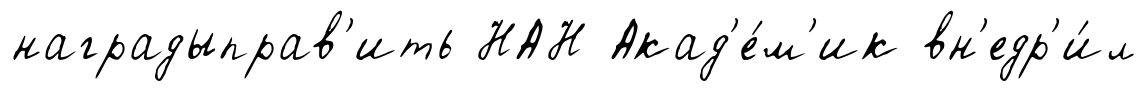
наградыправ'ить НАН Акад'е́м'ик вн'едр'и́л